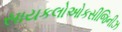
સાયકલોઓકસીજિનીઝ